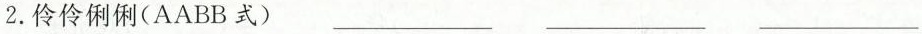
2.伶伶俐俐（AABB 式）___ ___ ___